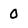
Character: 0